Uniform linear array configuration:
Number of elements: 24
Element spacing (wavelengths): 0.5
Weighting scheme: exponential
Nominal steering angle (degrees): -30
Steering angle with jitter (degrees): -29.135
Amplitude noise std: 0.05
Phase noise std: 0.05

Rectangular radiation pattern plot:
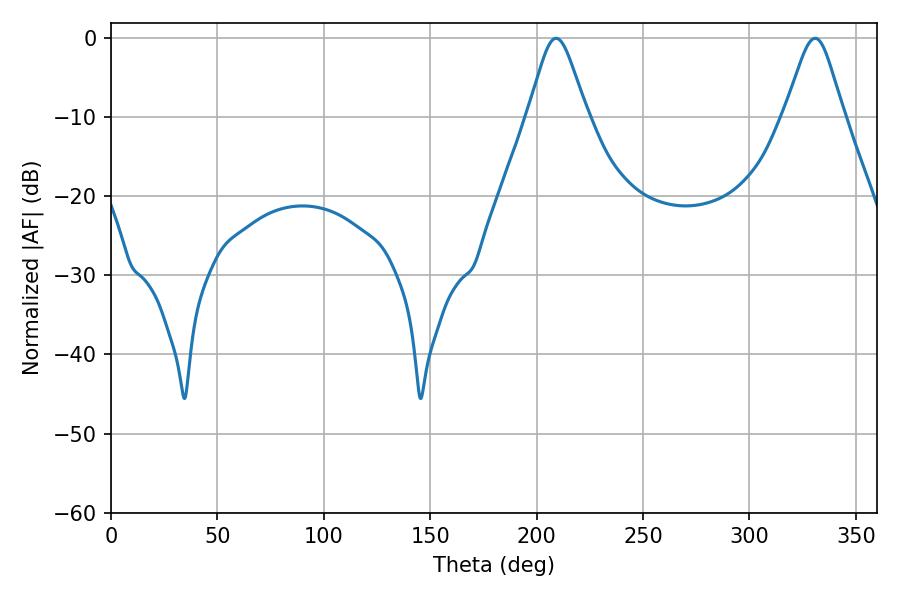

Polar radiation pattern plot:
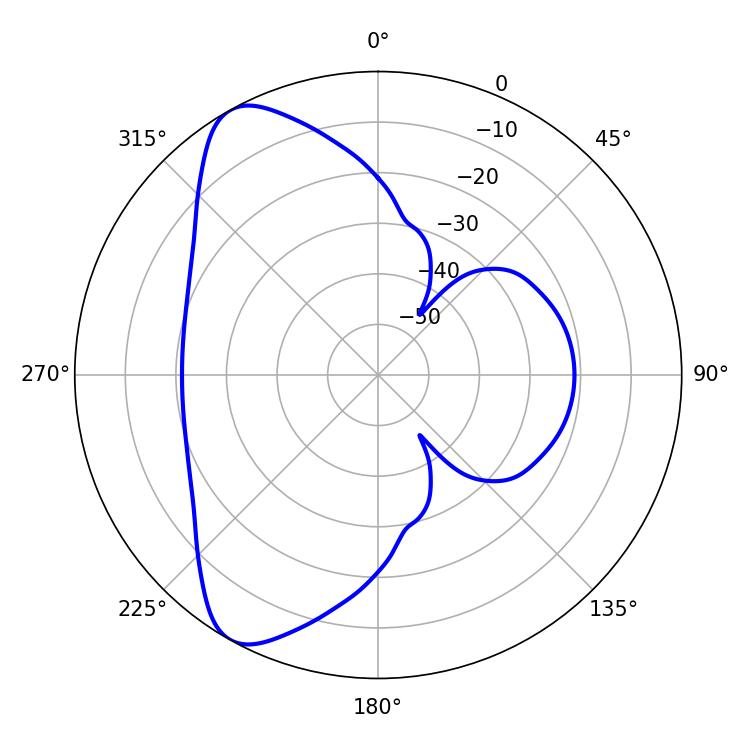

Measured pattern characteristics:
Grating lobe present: FALSE
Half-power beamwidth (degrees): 13.32
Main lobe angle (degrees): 209.16